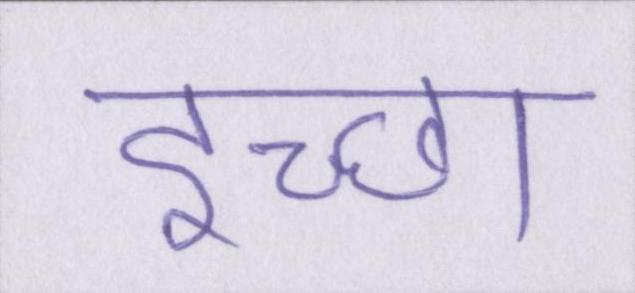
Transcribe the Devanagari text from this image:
इच्छा